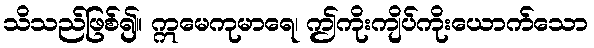
သိသည်ဖြစ်၍။ ဣမေကုမာရေ၊ ဤကိုးကျိပ်ကိုးယောက်သော